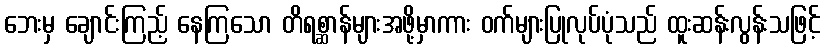
ဘေးမှ ချောင်းကြည့် နေကြသော တိရစ္ဆာန်များအဖို့မှာကား ဝက်များပြုလုပ်ပုံသည် ထူးဆန်းလွန်းသဖြင့်